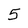
Character: 5